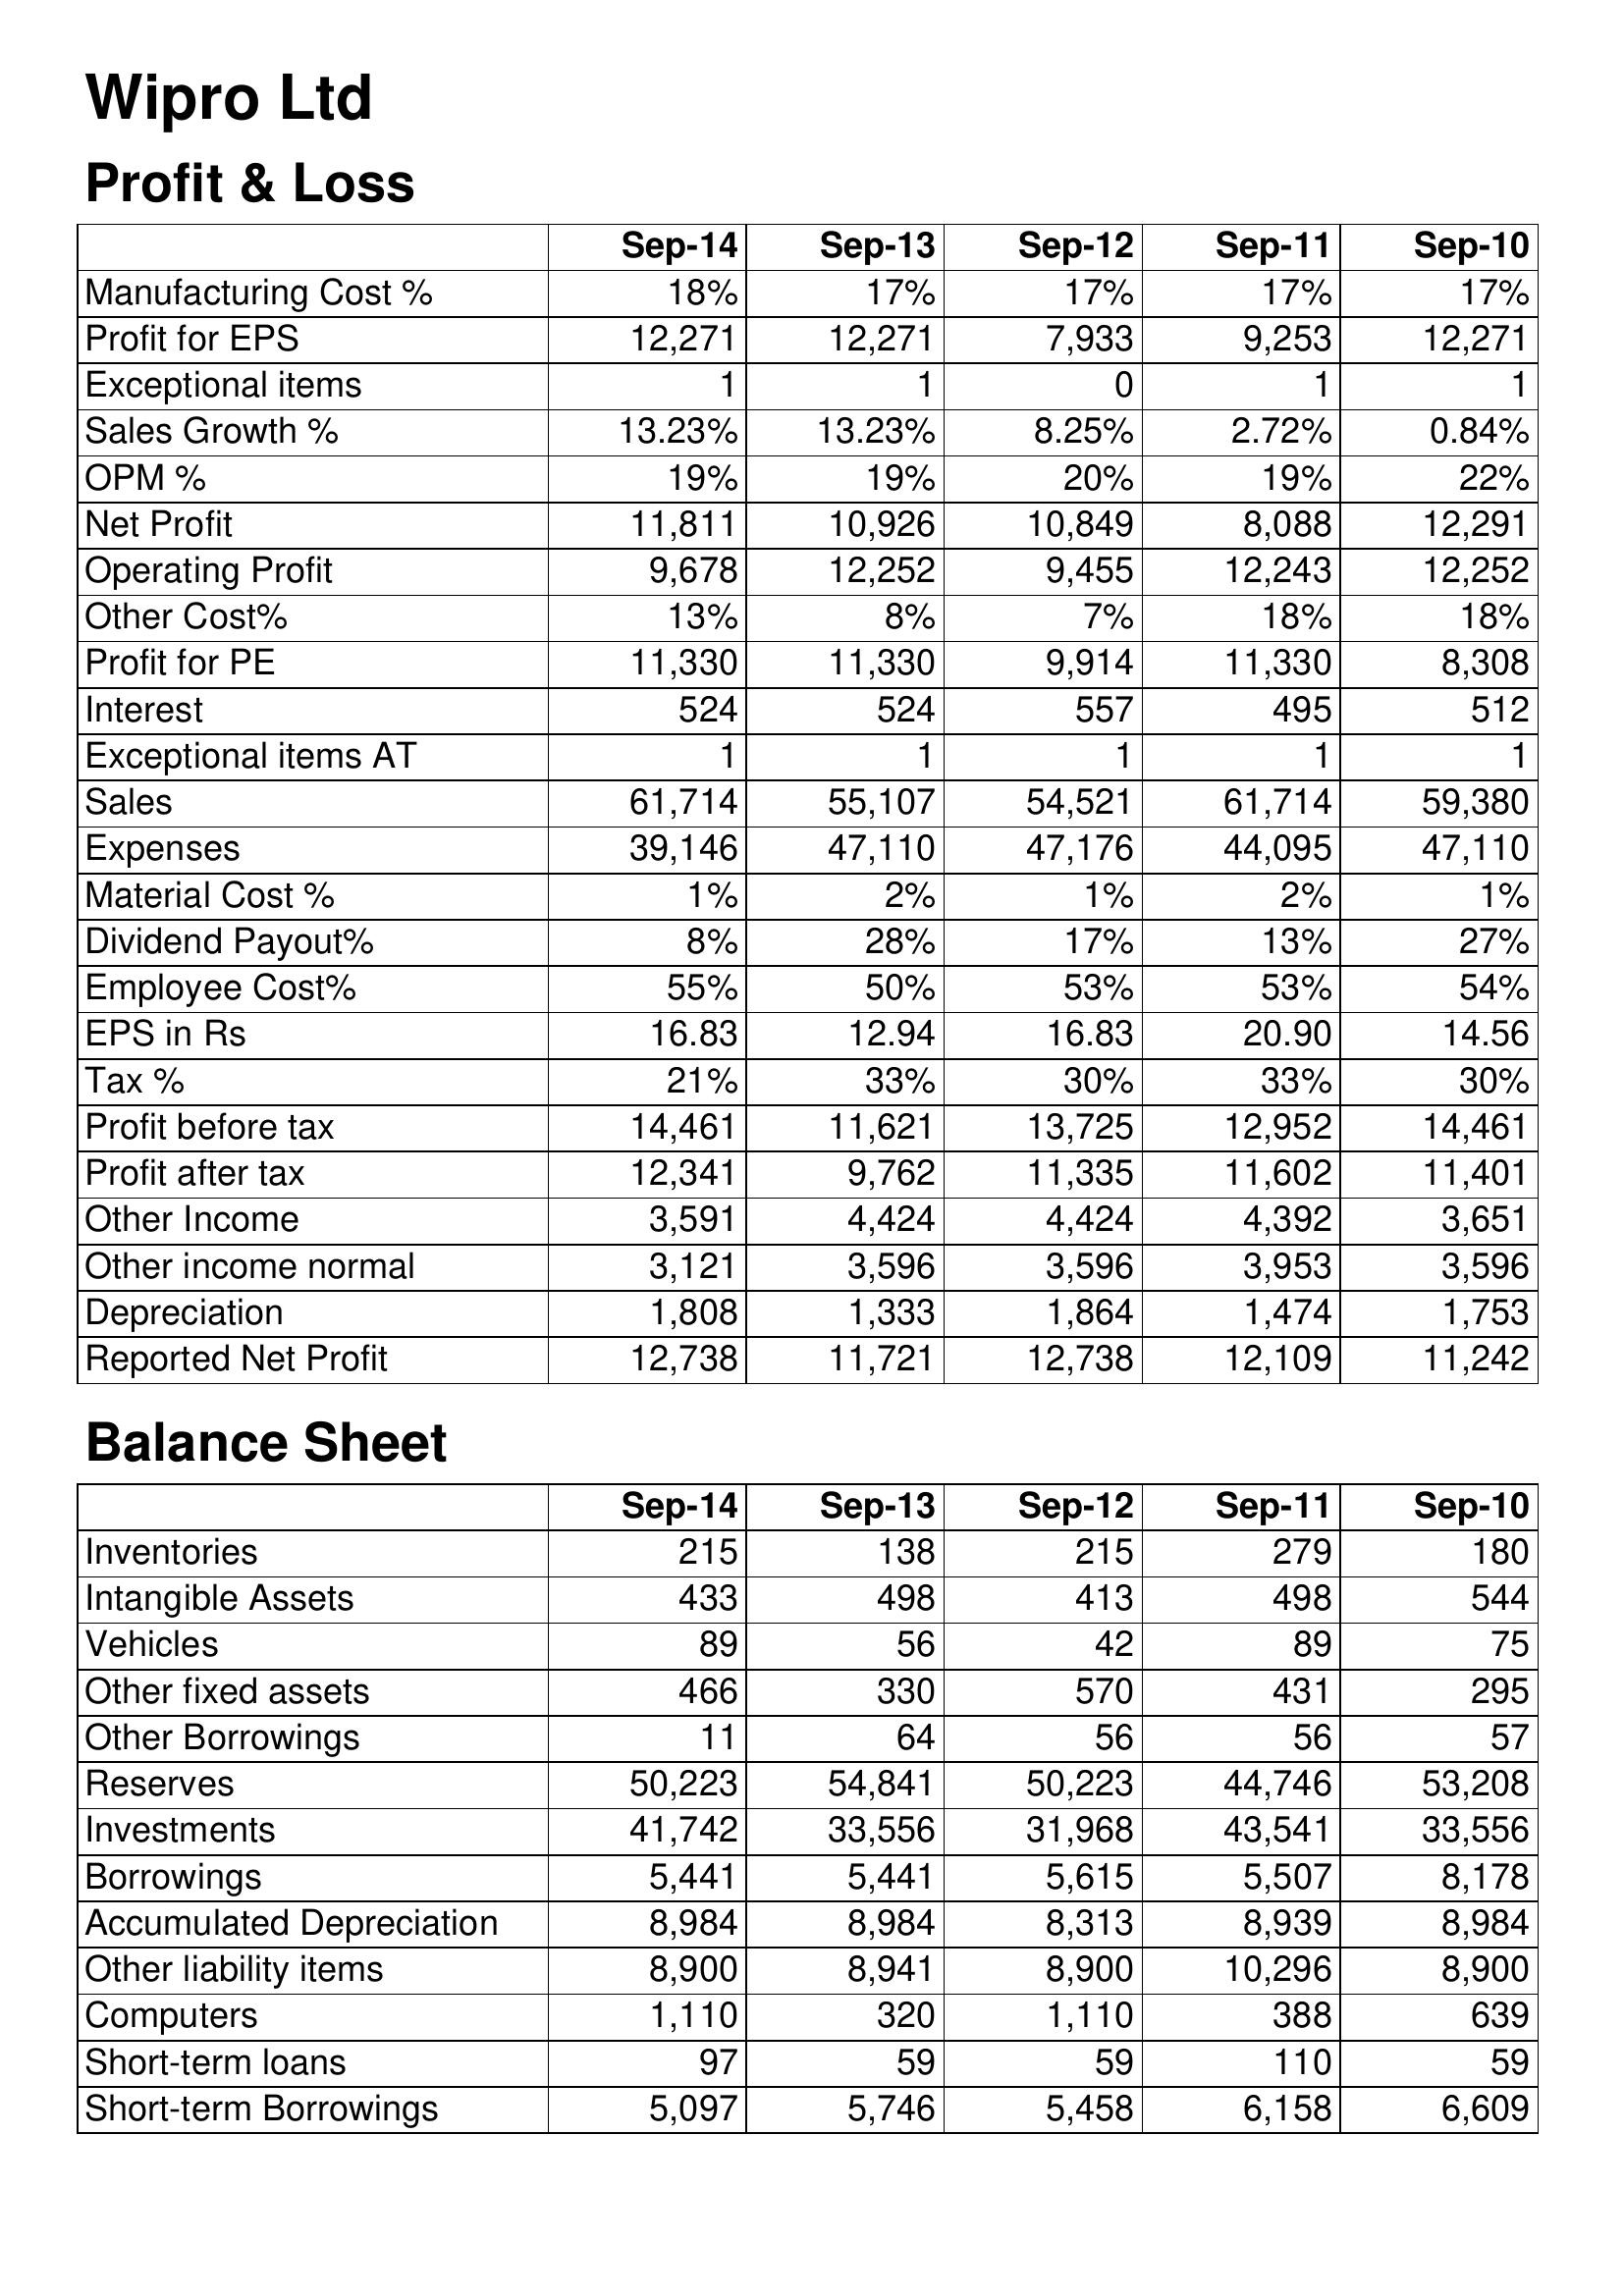
Sep-14: Profit & Loss: Manufacturing Cost %: 18%
Profit for EPS: 12,271
Exceptional items: 1
Sales Growth %: 13.23%
OPM %: 19%
Net Profit: 11,811
Operating Profit: 9,678
Other Cost%: 13%
Profit for PE: 11,330
Interest: 524
Exceptional items AT: 1
Sales: 61,714
Expenses: 39,146
Material Cost %: 1%
Dividend Payout%: 8%
Employee Cost%: 55%
EPS in Rs: 16.83
Tax %: 21%
Profit before tax: 14,461
Profit after tax: 12,341
Other Income: 3,591
Other income normal: 3,121
Depreciation: 1,808
Reported Net Profit: 12,738
Balance Sheet: Inventories: 215
Intangible Assets: 433
Vehicles: 89
Other fixed assets: 466
Other Borrowings: 11
Reserves: 50,223
Investments: 41,742
Borrowings: 5,441
Accumulated Depreciation: 8,984
Other liability items: 8,900
Computers: 1,110
Short-term loans: 97
Short-term Borrowings: 5,097
Sep-13: Profit & Loss: Manufacturing Cost %: 17%
Profit for EPS: 12,271
Exceptional items: 1
Sales Growth %: 13.23%
OPM %: 19%
Net Profit: 10,926
Operating Profit: 12,252
Other Cost%: 8%
Profit for PE: 11,330
Interest: 524
Exceptional items AT: 1
Sales: 55,107
Expenses: 47,110
Material Cost %: 2%
Dividend Payout%: 28%
Employee Cost%: 50%
EPS in Rs: 12.94
Tax %: 33%
Profit before tax: 11,621
Profit after tax: 9,762
Other Income: 4,424
Other income normal: 3,596
Depreciation: 1,333
Reported Net Profit: 11,721
Balance Sheet: Inventories: 138
Intangible Assets: 498
Vehicles: 56
Other fixed assets: 330
Other Borrowings: 64
Reserves: 54,841
Investments: 33,556
Borrowings: 5,441
Accumulated Depreciation: 8,984
Other liability items: 8,941
Computers: 320
Short-term loans: 59
Short-term Borrowings: 5,746
Sep-12: Profit & Loss: Manufacturing Cost %: 17%
Profit for EPS: 7,933
Exceptional items: 0
Sales Growth %: 8.25%
OPM %: 20%
Net Profit: 10,849
Operating Profit: 9,455
Other Cost%: 7%
Profit for PE: 9,914
Interest: 557
Exceptional items AT: 1
Sales: 54,521
Expenses: 47,176
Material Cost %: 1%
Dividend Payout%: 17%
Employee Cost%: 53%
EPS in Rs: 16.83
Tax %: 30%
Profit before tax: 13,725
Profit after tax: 11,335
Other Income: 4,424
Other income normal: 3,596
Depreciation: 1,864
Reported Net Profit: 12,738
Balance Sheet: Inventories: 215
Intangible Assets: 413
Vehicles: 42
Other fixed assets: 570
Other Borrowings: 56
Reserves: 50,223
Investments: 31,968
Borrowings: 5,615
Accumulated Depreciation: 8,313
Other liability items: 8,900
Computers: 1,110
Short-term loans: 59
Short-term Borrowings: 5,458
Sep-11: Profit & Loss: Manufacturing Cost %: 17%
Profit for EPS: 9,253
Exceptional items: 1
Sales Growth %: 2.72%
OPM %: 19%
Net Profit: 8,088
Operating Profit: 12,243
Other Cost%: 18%
Profit for PE: 11,330
Interest: 495
Exceptional items AT: 1
Sales: 61,714
Expenses: 44,095
Material Cost %: 2%
Dividend Payout%: 13%
Employee Cost%: 53%
EPS in Rs: 20.90
Tax %: 33%
Profit before tax: 12,952
Profit after tax: 11,602
Other Income: 4,392
Other income normal: 3,953
Depreciation: 1,474
Reported Net Profit: 12,109
Balance Sheet: Inventories: 279
Intangible Assets: 498
Vehicles: 89
Other fixed assets: 431
Other Borrowings: 56
Reserves: 44,746
Investments: 43,541
Borrowings: 5,507
Accumulated Depreciation: 8,939
Other liability items: 10,296
Computers: 388
Short-term loans: 110
Short-term Borrowings: 6,158
Sep-10: Profit & Loss: Manufacturing Cost %: 17%
Profit for EPS: 12,271
Exceptional items: 1
Sales Growth %: 0.84%
OPM %: 22%
Net Profit: 12,291
Operating Profit: 12,252
Other Cost%: 18%
Profit for PE: 8,308
Interest: 512
Exceptional items AT: 1
Sales: 59,380
Expenses: 47,110
Material Cost %: 1%
Dividend Payout%: 27%
Employee Cost%: 54%
EPS in Rs: 14.56
Tax %: 30%
Profit before tax: 14,461
Profit after tax: 11,401
Other Income: 3,651
Other income normal: 3,596
Depreciation: 1,753
Reported Net Profit: 11,242
Balance Sheet: Inventories: 180
Intangible Assets: 544
Vehicles: 75
Other fixed assets: 295
Other Borrowings: 57
Reserves: 53,208
Investments: 33,556
Borrowings: 8,178
Accumulated Depreciation: 8,984
Other liability items: 8,900
Computers: 639
Short-term loans: 59
Short-term Borrowings: 6,609